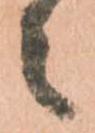
々